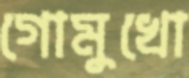
গোমুখো